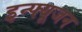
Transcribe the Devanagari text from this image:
इन्फ्यूजन